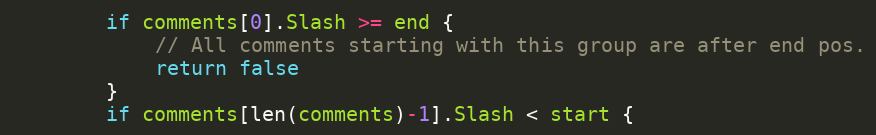
Language: Go
		if comments[0].Slash >= end {
			// All comments starting with this group are after end pos.
			return false
		}
		if comments[len(comments)-1].Slash < start {